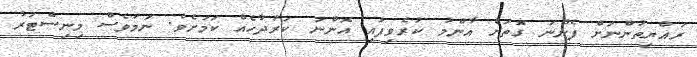
ރައްޔިތުންނަށް ފެންނަ ގޮތަށް އާންމު ކުރެވިފައި އޮންނަ ކަރުދާހެއް ކަމަށެވެ. ނަމަވެސް މިނިސްޓަރު